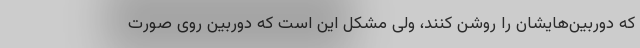
که دوربین‌هایشان را روشن کنند، ولی مشکل این است که دوربین روی صورت